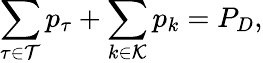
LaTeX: \sum_{\tau\in\mathcal{T}}p_{\tau}+\sum_{k\in\mathcal{K}}p_{k}=P_{D},